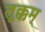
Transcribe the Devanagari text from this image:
तूक्कम्